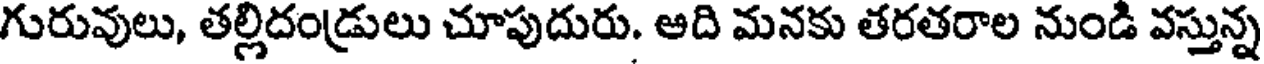
గురువులు, తల్లిదండ్రులు చూపుదురు. ఆది మనకు తరతరాల నుండి వస్తున్న